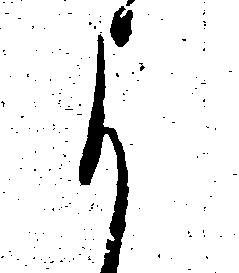
よ